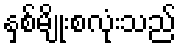
နှစ်မျိုးစလုံးသည်